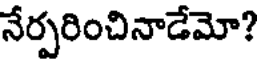
నేర్పరించినాడేమో?